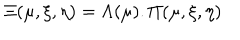
\Xi ( \mu , \xi , \eta ) = \Lambda ( \mu ) . \Pi ( \mu , \xi , \eta )